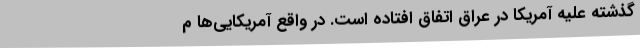
گذشته علیه آمریکا در عراق اتفاق افتاده است. در واقع آمریکایی‌ها م